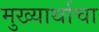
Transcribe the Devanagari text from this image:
मुख्यार्थाचा